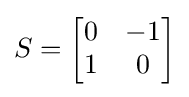
S={\begin{bmatrix}0&-1\\1&0\end{bmatrix}}